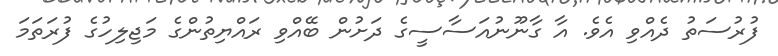
ފުރުސަތު ދެއްވި އެވެ. އާ ގާނޫނުއަސާސީގެ ދަށުން ބޭއްވި ރައްޔިތުންގެ މަޖިލިހުގެ ފުރަތަމަ